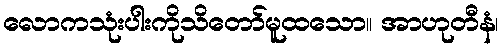
လောကသုံးပါးကိုသိတော်မူထသော။ အာဟုတီနံ၊